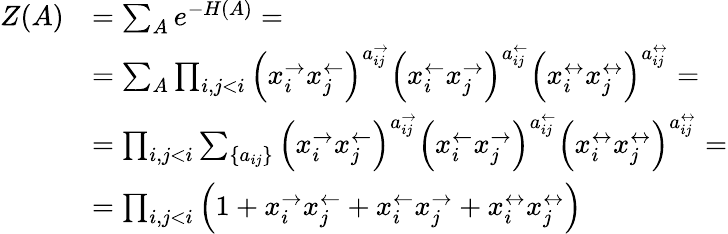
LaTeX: \begin{array}{rl}{Z(A)}&{=\sum_{A}e^{-H(A)}=}\\ &{=\sum_{A}\prod_{i,j<i}\left(x_{i}^{\rightarrow}x_{j}^{\leftarrow}\right)^{a_{ij}^{\rightarrow}}\left(x_{i}^{\leftarrow}x_{j}^{\rightarrow}\right)^{a_{ij}^{\leftarrow}}\left(x_{i}^{\leftrightarrow}x_{j}^{\leftrightarrow}\right)^{a_{ij}^{\leftrightarrow}}=}\\ &{=\prod_{i,j<i}\sum_{\{ a_{ij}\} }\left(x_{i}^{\rightarrow}x_{j}^{\leftarrow}\right)^{a_{ij}^{\rightarrow}}\left(x_{i}^{\leftarrow}x_{j}^{\rightarrow}\right)^{a_{ij}^{\leftarrow}}\left(x_{i}^{\leftrightarrow}x_{j}^{\leftrightarrow}\right)^{a_{ij}^{\leftrightarrow}}=}\\ &{=\prod_{i,j<i}\left(1+x_{i}^{\rightarrow}x_{j}^{\leftarrow}+x_{i}^{\leftarrow}x_{j}^{\rightarrow}+x_{i}^{\leftrightarrow}x_{j}^{\leftrightarrow}\right)}\end{array}